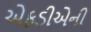
એફડીએની